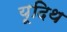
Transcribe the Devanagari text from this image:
यूदिथ